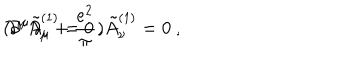
LaTeX: ( \partial ^ { \mu } \partial _ { \mu } + { \frac { e ^ { 2 } } { \pi } } ) \tilde { A } _ { \nu } ^ { ( 1 ) } = 0 ~ , \hspace { 1 . 5 c m } \partial ^ { \mu } \tilde { A } _ { \mu } ^ { ( 1 ) } = 0 ~ ,